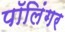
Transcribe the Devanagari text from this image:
पॉलिंगर